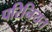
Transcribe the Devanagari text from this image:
परिनियत